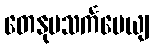
တေနုပသင်္ကမေယျ